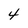
Character: 4